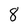
Character: 8